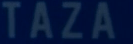
TAZA